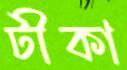
টীকা